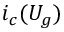
i _ { c } ( U _ { g } )